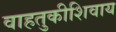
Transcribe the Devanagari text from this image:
वाहतुकीशिवाय